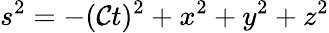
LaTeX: s^{2}=-(\mathcal{C}t)^{2}+x^{2}+y^{2}+z^{2}